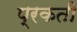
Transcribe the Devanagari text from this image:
प्रकती